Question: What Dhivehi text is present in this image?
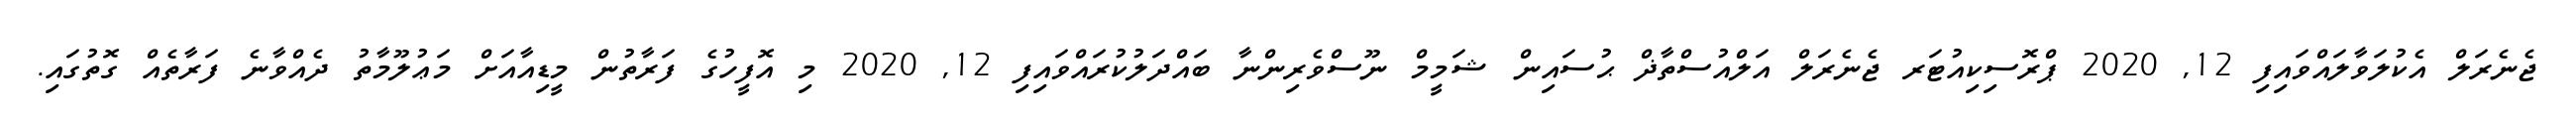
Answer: ޖެނެރަލް އެކުލަވާލައްވައިފި 12, 2020 ޕްރޮސިކިއުޓަރ ޖެނެރަލް އަލްއުސްތާޛް ޙުސައިން ޝަމީމް ނޫސްވެރިންނާ ބައްދަލުކުރައްވައިފި 12, 2020 މި އޮފީހުގެ ފަރާތުން މީޑިއާއަށް މަޢުލޫމާތު ދެއްވާނެ ފަރާތެއް ގޮތުގައި.